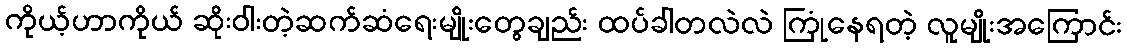
ကိုယ့်ဟာကိုယ် ဆိုးဝါးတဲ့ဆက်ဆံရေးမျိုးတွေချည်း ထပ်ခါတလဲလဲ ကြုံနေရတဲ့ လူမျိုးအကြောင်း